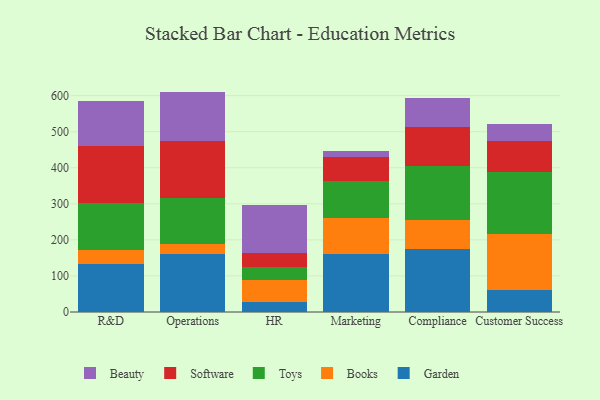
{"axis": {"x": "Department", "y": "Latency (ms)"}, "legend": ["Beauty", "Books", "Garden", "Software", "Toys"], "data": [{"x": "R&D", "y": 133.9, "type": "Garden"}, {"x": "R&D", "y": 38.7, "type": "Books"}, {"x": "R&D", "y": 128.6, "type": "Toys"}, {"x": "R&D", "y": 158.7, "type": "Software"}, {"x": "R&D", "y": 124.1, "type": "Beauty"}, {"x": "Operations", "y": 160.0, "type": "Garden"}, {"x": "Operations", "y": 28.9, "type": "Books"}, {"x": "Operations", "y": 127.8, "type": "Toys"}, {"x": "Operations", "y": 158.1, "type": "Software"}, {"x": "Operations", "y": 136.5, "type": "Beauty"}, {"x": "HR", "y": 27.2, "type": "Garden"}, {"x": "HR", "y": 61.4, "type": "Books"}, {"x": "HR", "y": 35.9, "type": "Toys"}, {"x": "HR", "y": 38.9, "type": "Software"}, {"x": "HR", "y": 134.1, "type": "Beauty"}, {"x": "Marketing", "y": 162.0, "type": "Garden"}, {"x": "Marketing", "y": 98.8, "type": "Books"}, {"x": "Marketing", "y": 101.7, "type": "Toys"}, {"x": "Marketing", "y": 67.9, "type": "Software"}, {"x": "Marketing", "y": 16.2, "type": "Beauty"}, {"x": "Compliance", "y": 173.6, "type": "Garden"}, {"x": "Compliance", "y": 80.3, "type": "Books"}, {"x": "Compliance", "y": 150.8, "type": "Toys"}, {"x": "Compliance", "y": 107.6, "type": "Software"}, {"x": "Compliance", "y": 81.2, "type": "Beauty"}, {"x": "Customer Success", "y": 60.0, "type": "Garden"}, {"x": "Customer Success", "y": 155.1, "type": "Books"}, {"x": "Customer Success", "y": 173.7, "type": "Toys"}, {"x": "Customer Success", "y": 84.5, "type": "Software"}, {"x": "Customer Success", "y": 48.7, "type": "Beauty"}]}